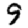
Digit: 9